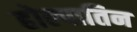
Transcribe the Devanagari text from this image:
होल्पातिन